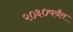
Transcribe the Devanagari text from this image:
२०३०पर्यंत